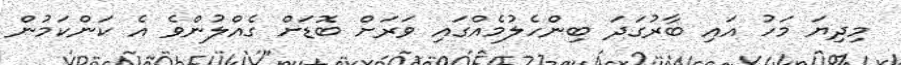
މިދިޔަ މަހު އައި ބާރުގަދަ ބިންހެލުމެއްގައި ވަރަށް ބޮޑަށް ގެއްލުންވެ އެ ކަންކަމުން